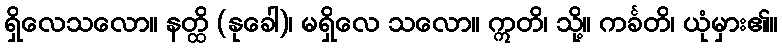
ရှိလေသလော။ နတ္ထိ (နုခေါ)၊ မရှိလေ သလော။ ဣတိ၊ သို့။ ကင်္ခတိ၊ ယုံမှား၏။